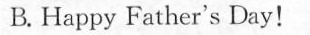
B.Happy Father's Day!